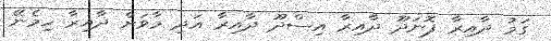
ގަމު ދާއިރާ ފޮނަދޫ ދާއިރާ އިސްދޫ ދާއިރާ އަދި މާވަށް ދާއިރާ ހިމެނޭ